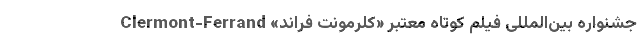
جشنواره بین‌المللی فیلم کوتاه معتبر «کلرمونت فراند» Clermont-Ferrand